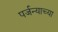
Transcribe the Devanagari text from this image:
पर्जन्याच्या